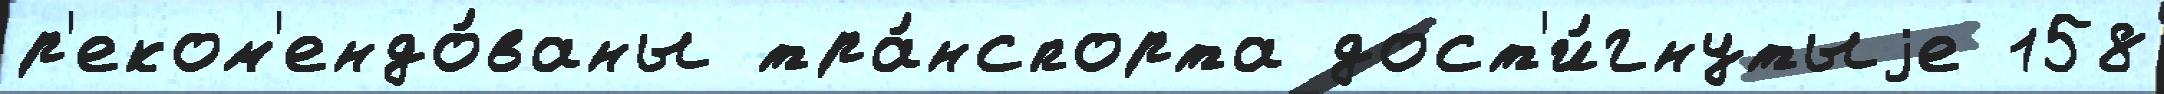
р'еком'ендо́ваны тра́нспорта дост'и́гнутыjе 158